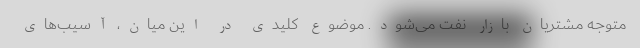
متوجه مشتریان بازار نفت می‌شود. موضوع کلیدی در این میان، آسیب‌های